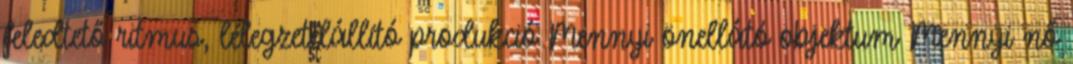
feledtető ritmus, lélegzetelállító produkció Mennyi önellátó objektum Mennyi nő